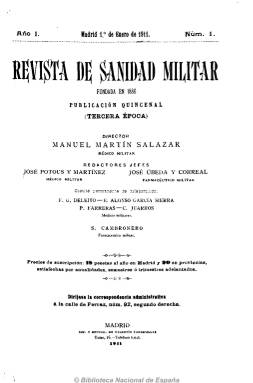
Título: Revista de sanidad militar (Madrid. 1911)
Colección: Medicina militar
Ámbito geográfico: Madrid
Lugar de publicación: Madrid
Fechas: 01/01/1911-31/07/1936

Publicación científica y profesional especializada dirigida al Cuerpo de Sanidad Militar, es continuación de Revista de sanidad militar y la medicina militar española (1907-1910), que a partir de enero de 1911 la sigue dirigiendo el médico militar Manuel Martín Salazar (1854-1937). Aunque señala que es fundada en 1886, su antecedente más remoto es la Revista de sanidad militar española y extranjera (1864). Sus redactores jefes siguen también siendo el farmacéutico militar José Úbeda Correal (1857-1918) y el médico militar José Potous Martínez. Su comité de colaboración y redactores principales son los también médicos militares Federico González Deleito (que al final aparecerá como administrador), E. Alonso García Sierra, César Juarros y P. Farreras, a los que en la década de los treinta se unirán M. Gómez Ulla, A. Vallejo Nájera y J. Valdés Lambea, así como el farmacéutico militar S. Carbonero, que también será sustituido por su compañero Joaquín Más Guindal.

Publica artículos científicos sobre medicina general y militar (enfermedades, epidemias, diagnosis, tratamientos, terapéutica), de higiene, psicología, hospitales, enseñanza, investigación biológica, cirugía de guerra, etc., con inclusión de estadísticas y algunas fotografías. Cuenta con secciones de revista de prensa, bibliografía, necrología, actualidad, variedades y oficial (legislación y normativa). También publica frecuentes suplementos con el escalafón del Cuerpo de Sanidad Militar, y con manuales legislativos y de instrucción para tropas y de la mutualidad de dicho cuerpo. También inserta anuncios publicitarios.

Como su antecesora, su frecuencia de aparición seguirá siendo quincenal, en entregas de una cuarentena de páginas, y después mensual, aumentado su volumen hasta el centenar de páginas, expresando hasta su desaparición, en julio de 1936, la indicación de 3ª, 4ª y 5ª épocas. Su foliación es continuada formando tomos anuales, y en el último número de cada año  incluye índices. En la colección de la Biblioteca Nacional de España falta el año 1926. Será continuada por Revista española de medicina y cirugía de guerra (1938-1945).